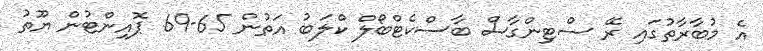
އެ މުބާރާތުގައި ރޭ ސްޓިންގާސް ބާސްކެޓްބޯލް ކްލަބު އަތުން 65-69 ޕޮއިންޓުން ޔޫތު